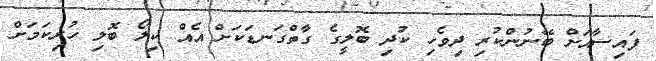
ފައިސާއަށް ބޭނުންކުރި ދިވެހި ކުދި ބޮލީގެ ގާތްގަނޑަކަށް އެއް ކިލޯ ބޮލި ހުރިކަމަށް